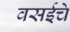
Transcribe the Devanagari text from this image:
वसईचे